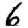
Digit: 6